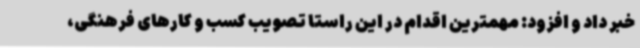
خبر داد و افزود: مهمترین اقدام در این راستا تصویب کسب و کارهای فرهنگی،